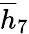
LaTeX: \overline{{h}}_{7}